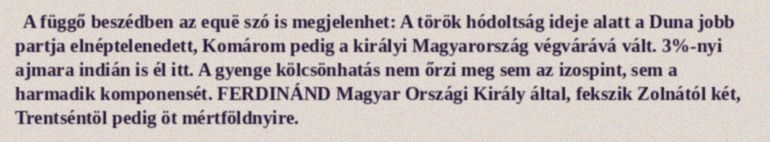
A függő beszédben az equë szó is megjelenhet: A török hódoltság ideje alatt a Duna jobb partja elnéptelenedett, Komárom pedig a királyi Magyarország végvárává vált. 3%-nyi ajmara indián is él itt. A gyenge kölcsönhatás nem őrzi meg sem az izospint, sem a harmadik komponensét. FERDINÁND Magyar Országi Király által, fekszik Zolnától két, Trentséntöl pedig öt mértföldnyire.